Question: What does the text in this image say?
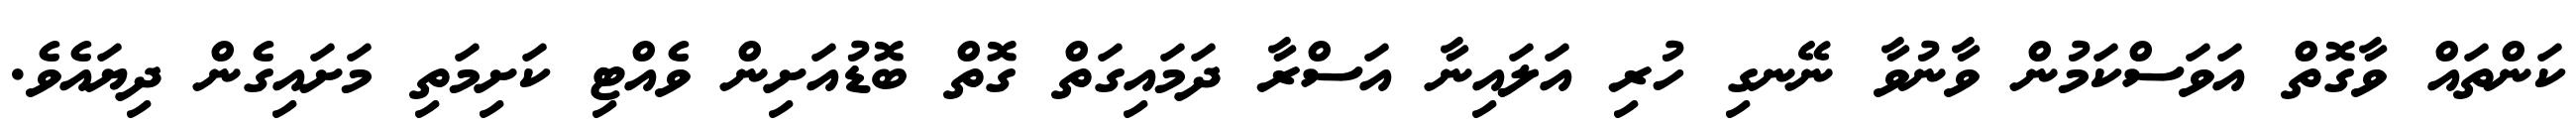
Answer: ކަންތައް ވާގޮތް އަވަސްކަމުން ވާނުވާ ނޭނގި ހުރި އަލައިނާ އަސްރާ ދަމައިގަތް ގޮތް ބޮޑުއަށިން ވެއްޓި ކަށިމަތި މަށައިގެން ދިޔައެވެ.